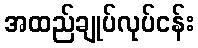
အထည်ချုပ်လုပ်ငန်း